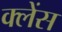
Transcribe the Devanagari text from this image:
क्लेंस